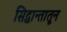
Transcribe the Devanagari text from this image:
सिद्धान्तातून